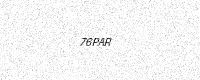
Text: 76PAR